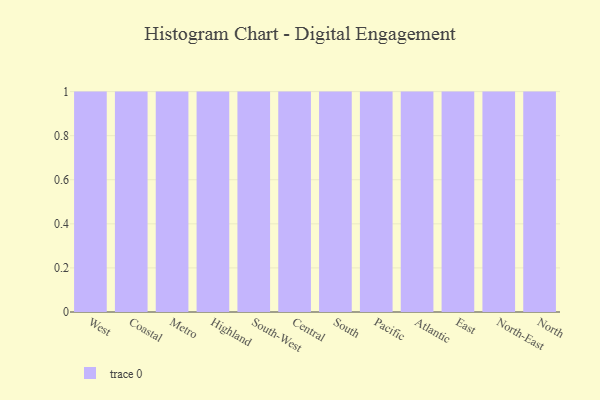
{"axis": {"x": "Region", "y": "Net Income (USD K)"}, "legend": [""], "data": [{"x": "West", "y": 49, "type": ""}, {"x": "Coastal", "y": 46, "type": ""}, {"x": "Metro", "y": 39, "type": ""}, {"x": "Highland", "y": 17, "type": ""}, {"x": "South-West", "y": 11, "type": ""}, {"x": "Central", "y": 84, "type": ""}, {"x": "South", "y": 60, "type": ""}, {"x": "Pacific", "y": 99, "type": ""}, {"x": "Atlantic", "y": 64, "type": ""}, {"x": "East", "y": 21, "type": ""}, {"x": "North-East", "y": 1, "type": ""}, {"x": "North", "y": 63, "type": ""}]}